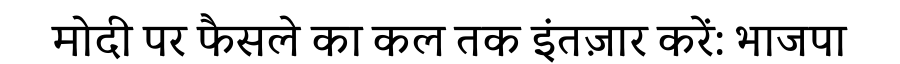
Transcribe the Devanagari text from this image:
मोदी पर फैसले का कल तक इंतज़ार करें: भाजपा